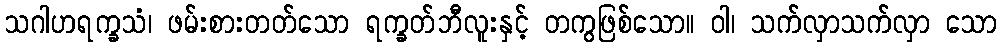
သဂါဟရက္ခသံ၊ ဖမ်းစားတတ်သော ရက္ခတ်ဘီလူးနှင့် တကွဖြစ်သော။ ဝါ၊ သက်လှာသက်လှာ သော